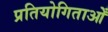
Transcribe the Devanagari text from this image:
प्रतियोगिताओँ